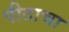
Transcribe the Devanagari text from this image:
पीठाचा